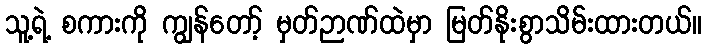
သူ့ရဲ့ စကားကို ကျွန်တော့် မှတ်ဉာဏ်ထဲမှာ မြတ်နိုးစွာသိမ်းထားတယ်။